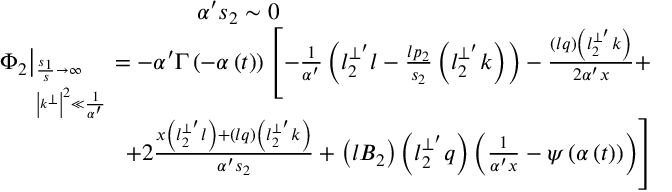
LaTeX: \begin{array} { r } { { \alpha ^ { \prime } s _ { 2 } \sim 0 \qquad \qquad \qquad \qquad \qquad \qquad \qquad \qquad } } \\ { { \left. \Phi _ { 2 } \right| _ { _ { \left| k ^ { \bot } \right| ^ { 2 } \ll \frac 1 { \alpha ^ { \prime } } } ^ { \frac { s _ { 1 } } s \rightarrow \infty } } = - \alpha ^ { \prime } \Gamma \left( - \alpha \left( t \right) \right) \left[ - \frac 1 { \alpha ^ { \prime } } \left( l _ { 2 } ^ { \bot ^ { \prime } } l - \frac { l p _ { 2 } } { s _ { 2 } } \left( l _ { 2 } ^ { \bot ^ { \prime } } k \right) \right) - \frac { \left( l q \right) \left( l _ { 2 } ^ { \bot ^ { \prime } } k \right) } { 2 \alpha ^ { \prime } x } + \right. } } \\ { { \left. + 2 \frac { x \left( l _ { 2 } ^ { \bot ^ { \prime } } l \right) + \left( l q \right) \left( l _ { 2 } ^ { \bot ^ { \prime } } k \right) } { \alpha ^ { \prime } s _ { 2 } } + \left( l B _ { 2 } \right) \left( l _ { 2 } ^ { \bot ^ { \prime } } q \right) \left( \frac 1 { \alpha ^ { \prime } x } - \psi \left( \alpha \left( t \right) \right) \right) \right] } } \end{array}